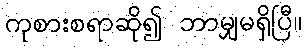
ကုစားစရာဆို၍ ဘာမျှမရှိပြီ။